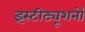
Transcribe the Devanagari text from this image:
इंस्टीट्यूशनों